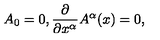
A _ { 0 } = 0 , { \frac { \partial } { \partial { x ^ { \alpha } } } } A ^ { \alpha } ( x ) = 0 ,